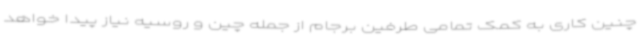
چنین کاری به کمک تمامی طرفین برجام از جمله چین و روسیه نیاز پیدا خواهد